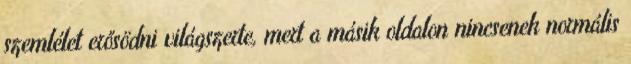
szemlélet erősödni világszerte, mert a másik oldalon nincsenek normális